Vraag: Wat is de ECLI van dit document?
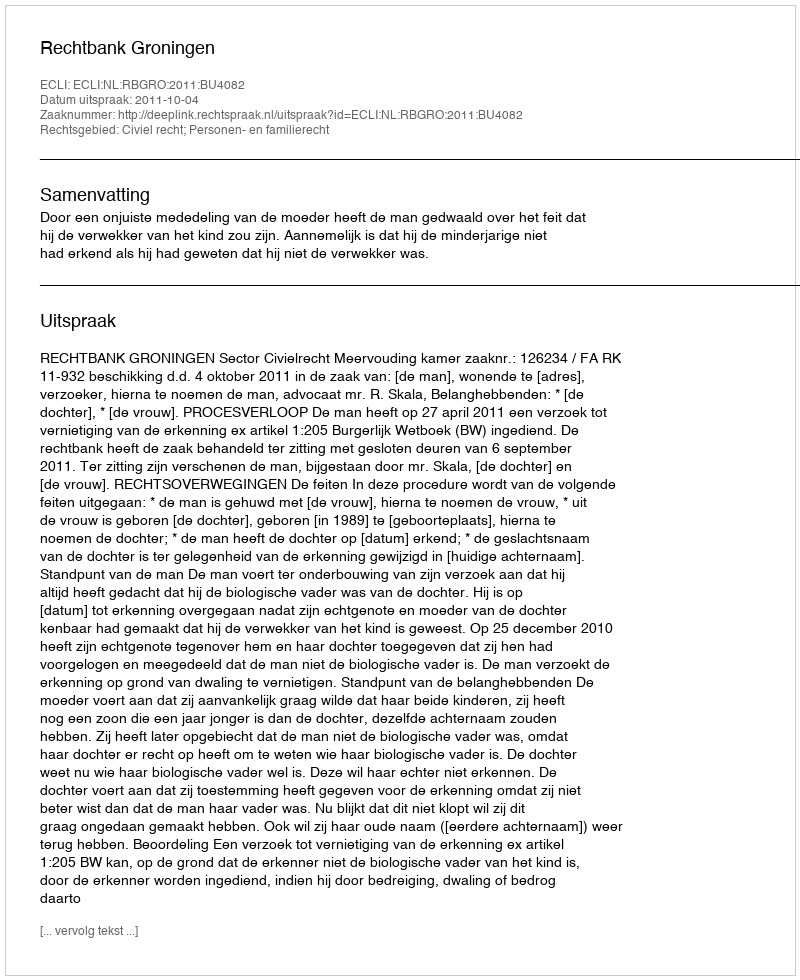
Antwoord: ECLI:NL:RBGRO:2011:BU4082